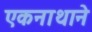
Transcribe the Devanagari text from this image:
एकनाथाने